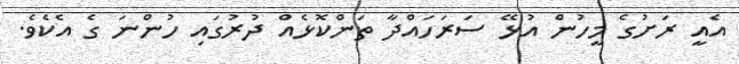
އެއީ ރަށުގެ މީހުން އުޅޭ ސަރަހައްދާ ތަންކޮޅެއް ދުރުގައި ހުންނަ ގެ އެކެވެ.